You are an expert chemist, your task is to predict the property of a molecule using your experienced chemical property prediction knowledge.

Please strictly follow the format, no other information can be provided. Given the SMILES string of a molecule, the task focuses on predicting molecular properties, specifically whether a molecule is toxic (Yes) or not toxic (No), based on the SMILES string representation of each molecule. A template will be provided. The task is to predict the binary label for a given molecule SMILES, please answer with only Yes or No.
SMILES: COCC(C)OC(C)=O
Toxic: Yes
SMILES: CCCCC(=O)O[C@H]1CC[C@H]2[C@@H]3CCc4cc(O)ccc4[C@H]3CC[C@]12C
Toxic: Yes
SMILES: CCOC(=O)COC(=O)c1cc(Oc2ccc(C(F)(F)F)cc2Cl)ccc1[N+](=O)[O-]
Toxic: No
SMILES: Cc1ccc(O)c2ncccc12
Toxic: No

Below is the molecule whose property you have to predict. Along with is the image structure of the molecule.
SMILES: CCOP(=S)(OCC)SC(CCl)N1C(=O)c2ccccc2C1=O
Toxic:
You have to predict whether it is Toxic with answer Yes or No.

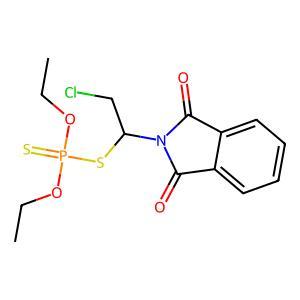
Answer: No